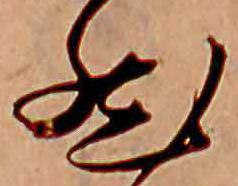
然